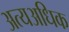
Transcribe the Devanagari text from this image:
अत्यअधिक